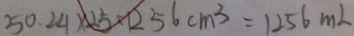
5 0 . 2 4 \times 2 5 = 1 2 5 6 c m ^ { 3 } = 1 2 5 6 m L